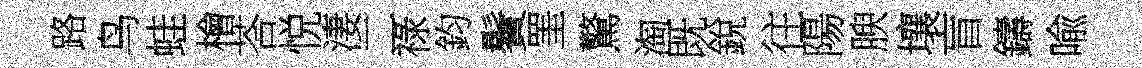
路鸟蛙檜荅悦淒二祿鈞鬢罣驚淘既銳往陽腴壤盲鑄喩